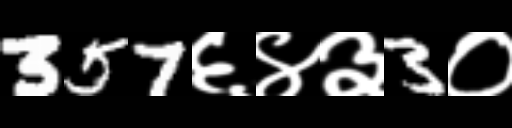
Text: 357६४३3०